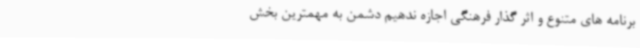
برنامه های متنوع و اثر گذار فرهنگی اجازه ندهیم دشمن به مهمترین بخش